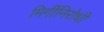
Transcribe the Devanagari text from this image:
मिर्गीनिरोधी